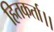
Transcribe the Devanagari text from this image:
हितकर्ता।।